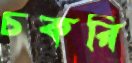
চকরি